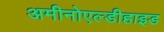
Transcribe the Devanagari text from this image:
अमीनोएल्डीहाइड